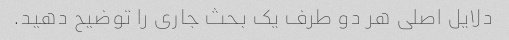
دلایل اصلی هر دو طرف یک بحث جاری را توضیح دهید.